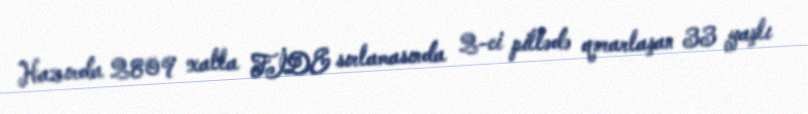
Hazırda 2809 xalla FİDE sırlamasında 2-ci pillədə qərarlaşan 33 yaşlı